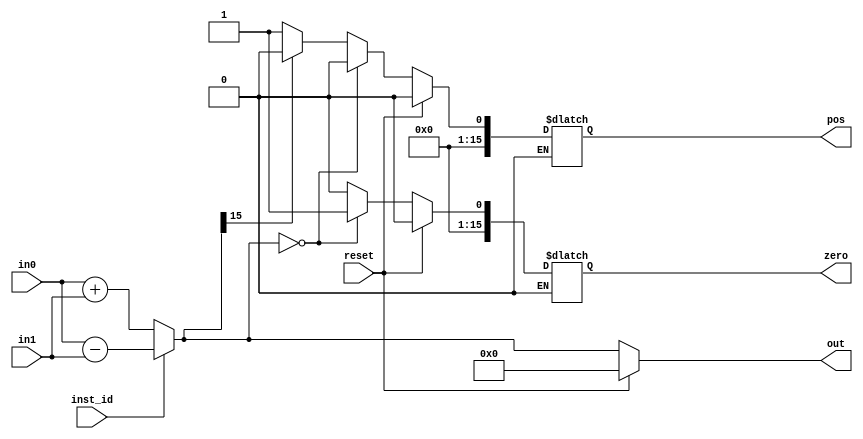
module alu_component(inst_id, in0, in1, reset, out, zero, pos);

input inst_id;
input [15:0] in0;
input [15:0] in1;
input reset;

output reg [15:0] out;
output reg [15:0] zero;
output reg [15:0] pos;

always @(inst_id or in0 or in1 or reset)
begin
    if (inst_id == 1'b0) begin
        //add
        out = in0 + in1;
    end else begin
        //subtract
        out = in0 - in1;
    end

    if (out == 0) begin
        zero <= 16'h0001;
        pos <= 16'h0000;
    end else if (out[15] == 0) begin //zero or positive
        pos <= 16'h0001;
        zero <= 16'h0000;
    end else if (out[15] == 1) begin
        zero <= 16'h0000;
        pos <= 16'h0000;
    end

    if (reset) begin
        zero <= 0;
        out <= 0;
        pos <= 0;
    end
end

endmodule